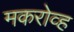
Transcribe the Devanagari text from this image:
मकरोव्ह